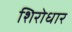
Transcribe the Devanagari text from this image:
शिरोधार